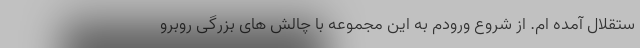
ستقلال آمده ام. از شروع ورودم به این مجموعه با چالش های بزرگی روبرو